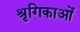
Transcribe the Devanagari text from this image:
श्रृगिकाओं